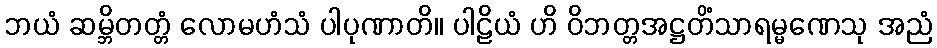
ဘယံ ဆမ္ဘိတတ္တံ လောမဟံသံ ပါပုဏာတိ။ ပါဠိယံ ဟိ ဝိဘတ္တအဋ္ဌတိံသာရမ္မဏေသု အညံ